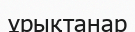
ұрықтанар